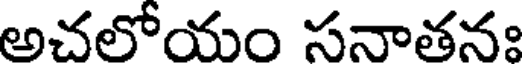
అచలోయం సనాతనః